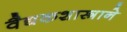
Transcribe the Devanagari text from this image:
वैद्यकशास्त्राने